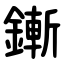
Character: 鏩